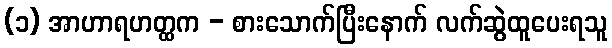
(၁) အာဟာရဟတ္ထက - စားသောက်ပြီးနောက် လက်ဆွဲထူပေးရသူ